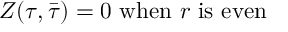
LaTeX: Z ( \tau , \bar { \tau } ) = 0 ~ \mathrm { w h e n } ~ r ~ \mathrm { i s ~ e v e n }